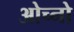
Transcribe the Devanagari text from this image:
ओच्नो